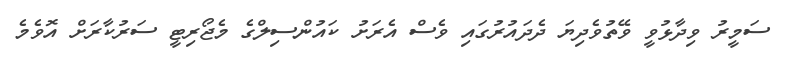
ސަމީރު ވިދާޅުވީ ވޭތުވެދިޔަ ދެދައުރުގައި ވެސް އެރަށު ކައުންސިލްގެ މެޖޯރިޓީ ސަރުކާރަށް އޮވެމެ